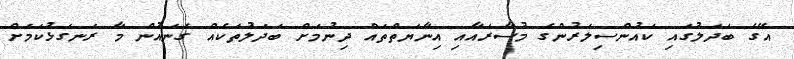
އޭގެ ބަދަލުގައި ކައުންސިލަރުންގެ މުސާރައާއި އިނާޔަތްތައް ދިނުމަށް ބަދަލުތަކެއް ގެނައުން މާ ރަނގަޅުކަމަށް